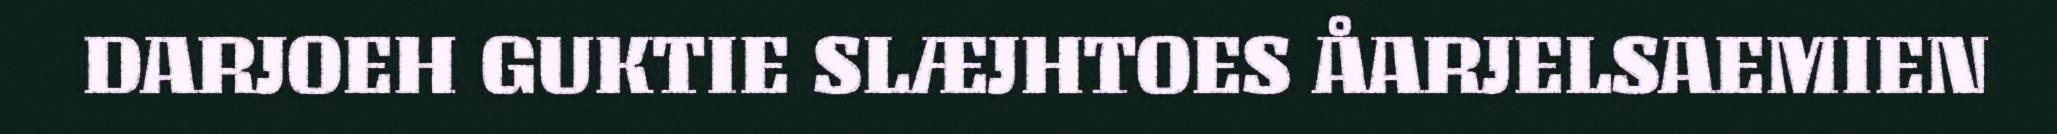
DARJOEH GUKTIE SLÆJHTOES ÅARJELSAEMIEN